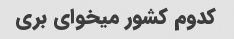
کدوم کشور میخوای بری